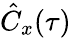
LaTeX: \hat{C}_{x}(\tau)